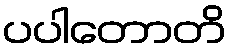
ပပါတောတိ